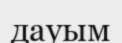
дауым